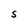
Character: 5